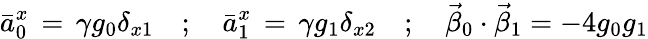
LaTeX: \bar{a}_{0}^{x}\, =\, \gamma g_{0}\delta_{x1}\quad;\quad\bar{a}_{1}^{x}\, =\, \gamma g_{1}\delta_{x2}\quad;\quad\vec{\beta}_{0}\cdot\vec{\beta}_{1}=-4g_{0}g_{1}